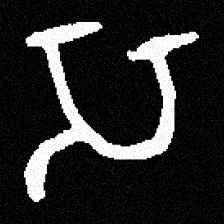
Pyu character \u2014 Myanmar letter: သ (romanized: sa)